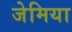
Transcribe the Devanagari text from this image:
जेमिया